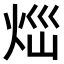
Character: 𤇱